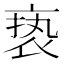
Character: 亵